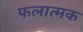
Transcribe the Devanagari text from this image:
फलात्मक